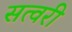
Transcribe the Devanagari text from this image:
सत्वरी